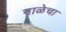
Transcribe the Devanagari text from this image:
नाळेचा